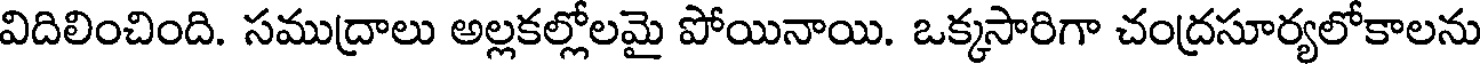
విదిలించింది. సముద్రాలు అల్లకల్లోలమై పోయినాయి. ఒక్కసారిగా చంద్రసూర్యలోకాలను